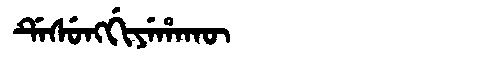
Manchu: ᡩᡝᠰᡠᠩᡤᡳᠶᡝᡥᠠᡴᡡ
Romanization: DESUNGGIYEHAKŪ